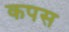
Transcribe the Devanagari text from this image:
कपस